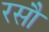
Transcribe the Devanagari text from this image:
रसौ